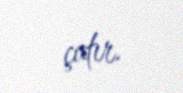
çatır.